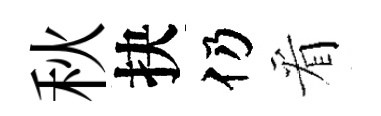
秋抉仍看